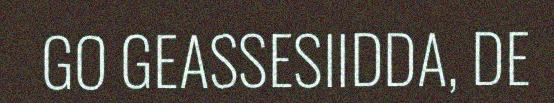
GO GEASSESIIDDA, DE